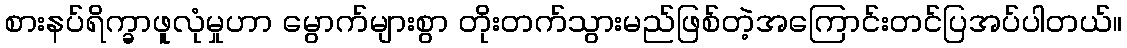
စားနပ်ရိက္ခာဖူလုံမှုဟာ မွောက်များစွာ တိုးတက်သွားမည်ဖြစ်တဲ့အကြောင်းတင်ပြအပ်ပါတယ်။